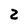
Character: 2